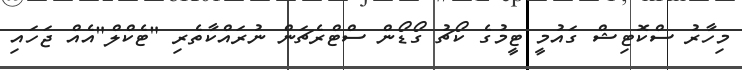
މިހާރު ސްކޮޓިޝް ގައުމީ ޓީމުގެ ކޯޗު ގޯޑޯން ސްޓްރެޗަން ނުރައްކާތެރި "ޓެކްލް"އެއް ޖަހައި